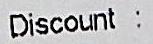
DISCOUNT :